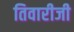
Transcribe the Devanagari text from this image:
तिवारीजी